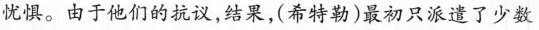
忧惧。由于他们的抗议，结果，(希特勒)最初只派遣了少数